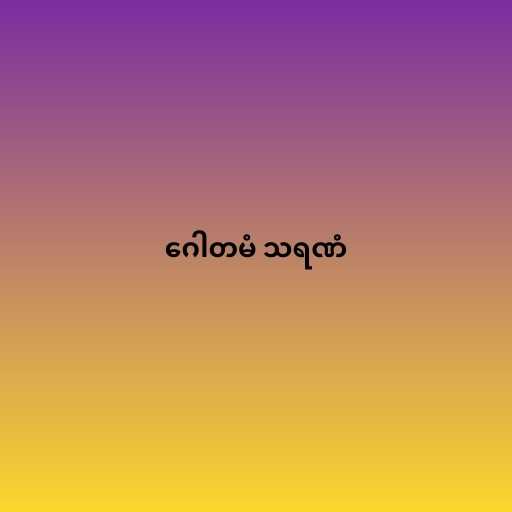
ဂေါတမံ သရဏံ